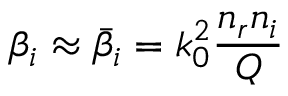
\beta _ { i } \approx \bar { \beta } _ { i } = k _ { 0 } ^ { 2 } \frac { n _ { r } n _ { i } } { Q }